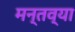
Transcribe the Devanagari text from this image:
मन्तव्या